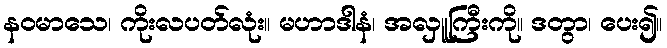
နဝမာသေ၊ ကိုးလပတ်လုံး။ မဟာဒါနံ၊ အလှူကြီးကို။ ဒတွာ၊ ပေး၍။